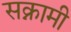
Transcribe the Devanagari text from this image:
सक्नामी